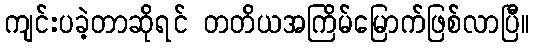
ကျင်းပခဲ့တာဆိုရင် တတိယအကြိမ်မြောက်ဖြစ်လာပြီ။